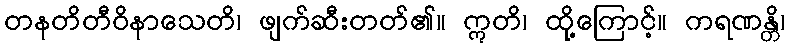
တနတိတီဝိနာသေတိ၊ ဖျက်ဆီးတတ်၏။ ဣတိ၊ ထို့ကြောင့်။ ကရဏန္တိ၊